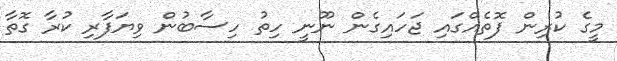
މީގެ ކުރިން ފޮތެއްގައި ޖަހައިގެން ނޫނީ ހިތު ހިސާބުން ވިޔަފާރި ކުރާ ގޮތާ